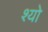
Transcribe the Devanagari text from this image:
श्यो